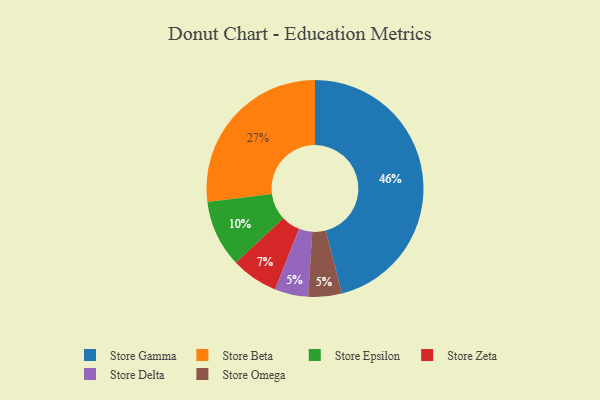
{"axis": {"x": "Category", "y": "Percentage"}, "legend": ["Store Beta", "Store Delta", "Store Epsilon", "Store Gamma", "Store Omega", "Store Zeta"], "data": [{"x": "Store Gamma", "y": 46, "type": "Store Gamma"}, {"x": "Store Delta", "y": 5, "type": "Store Delta"}, {"x": "Store Epsilon", "y": 10, "type": "Store Epsilon"}, {"x": "Store Omega", "y": 5, "type": "Store Omega"}, {"x": "Store Beta", "y": 27, "type": "Store Beta"}, {"x": "Store Zeta", "y": 7, "type": "Store Zeta"}]}